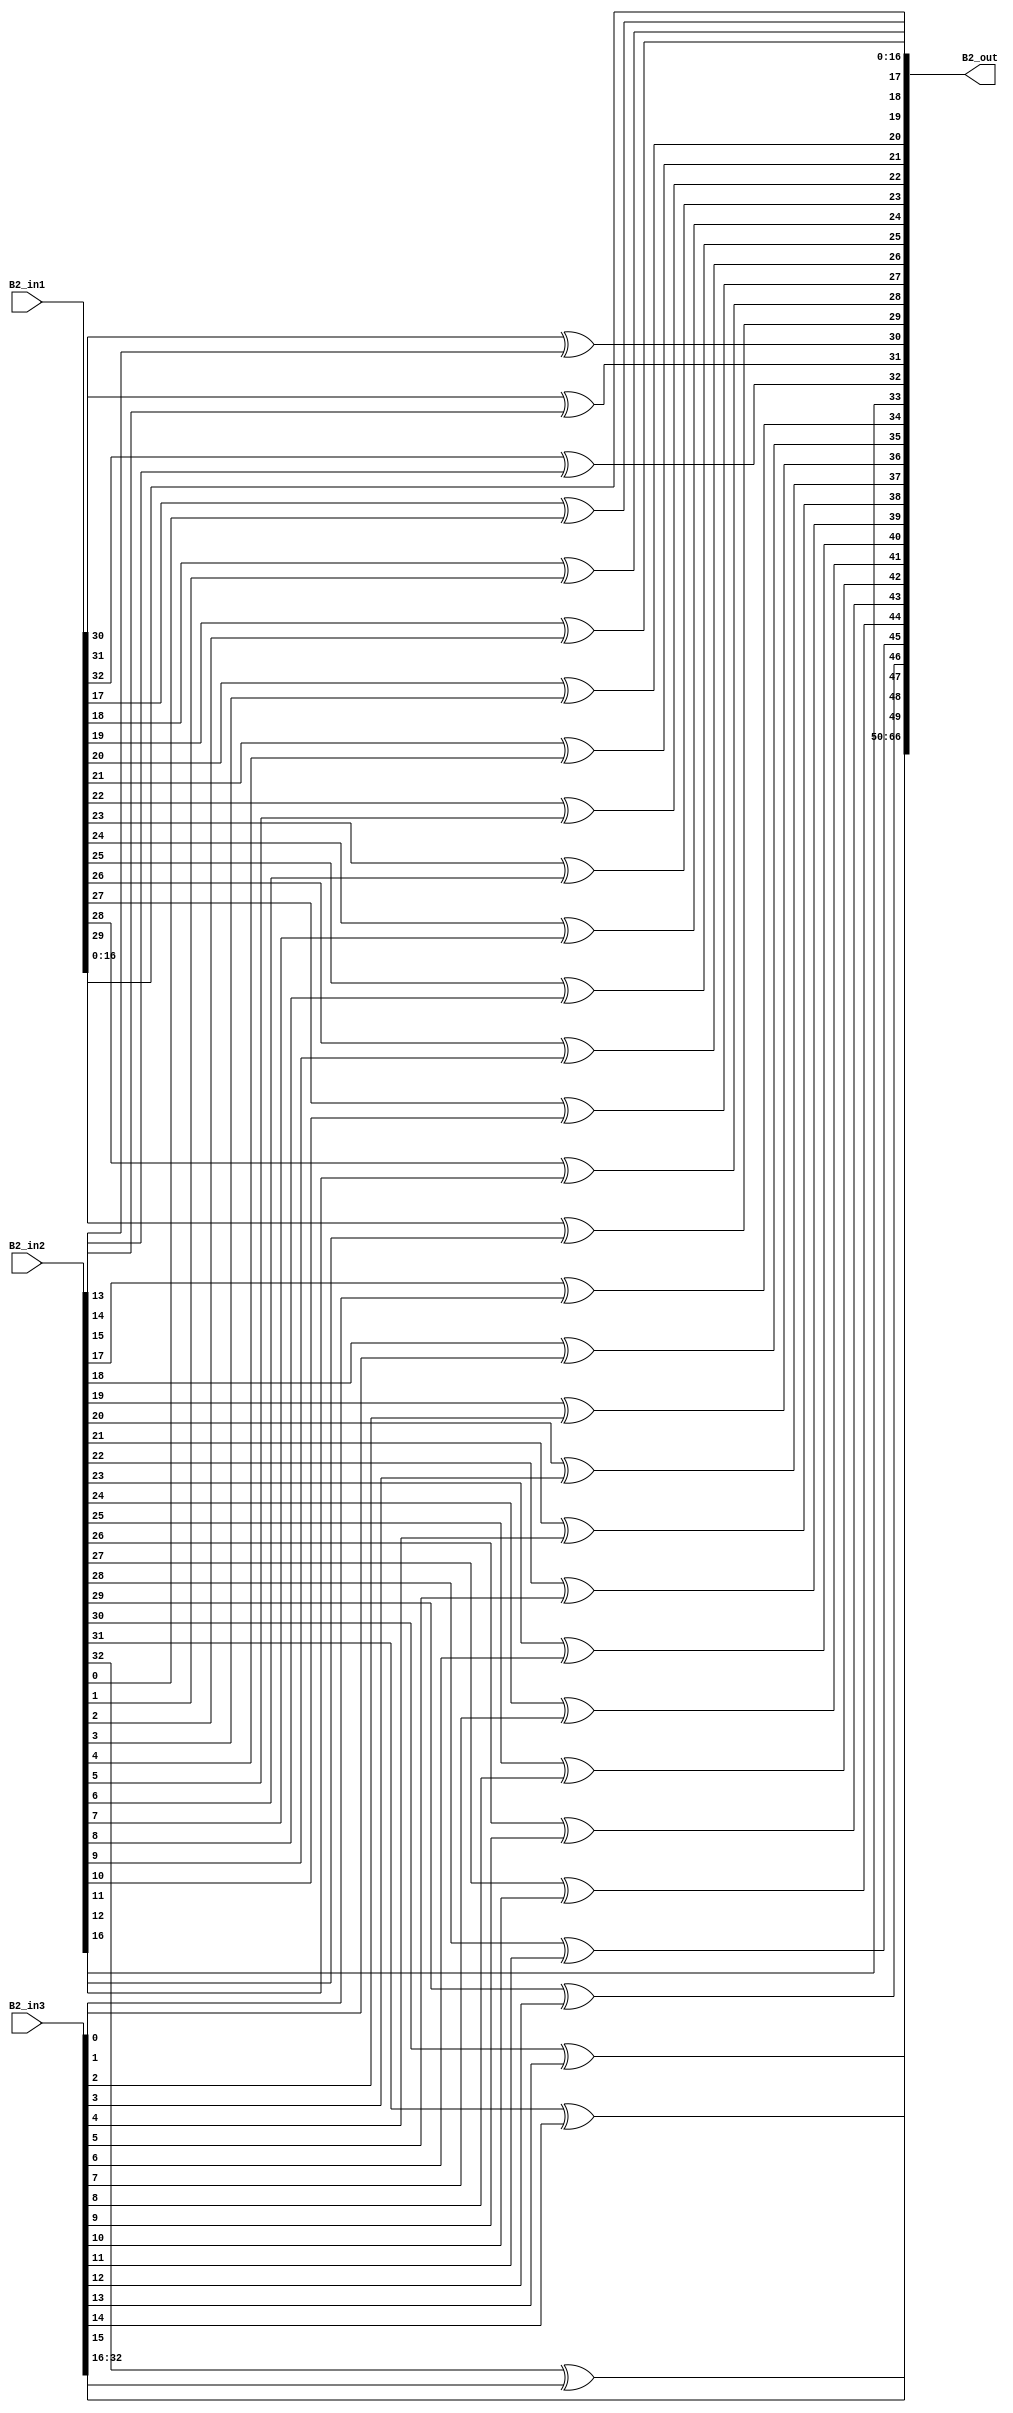
`timescale 1ns / 1ps 
//////////////////////////////////////////////////////////////////////////////////  
// Company:    
 // Engineer:   
 //  // Create Date: 25.01.2022 23:34:48 
// Design Name:     
// Module Name: overlap_module 
 // Project Name:    
// Target Devices:  
// Tool Versions:   
// Description: 
//              
// Dependencies:   
 //  
// Revision:       
 // Revision 0.01 - File Created 
// Additional Comments: 
//  
//////////////////////////////////////////////////////////////////////////////////  
    
    
module overlap_module_33bit(     
    B2_in1,                
    B2_in2,             
    B2_in3,   
    B2_out 
    );     


parameter n = 34;
    
input [n-2:0] B2_in1;   
input [n-2:0] B2_in2;    
input [n-2:0] B2_in3;    

output [2*n-2:0] B2_out;  
    


assign B2_out[0] = B2_in1[0];

assign B2_out[1] = B2_in1[1];

assign B2_out[2] = B2_in1[2];

assign B2_out[3] = B2_in1[3];

assign B2_out[4] = B2_in1[4];

assign B2_out[5] = B2_in1[5];

assign B2_out[6] = B2_in1[6];

assign B2_out[7] = B2_in1[7];

assign B2_out[8] = B2_in1[8];

assign B2_out[9] = B2_in1[9];

assign B2_out[10] = B2_in1[10];

assign B2_out[11] = B2_in1[11];

assign B2_out[12] = B2_in1[12];

assign B2_out[13] = B2_in1[13];

assign B2_out[14] = B2_in1[14];

assign B2_out[15] = B2_in1[15];

assign B2_out[16] = B2_in1[16];

assign B2_out[17] = B2_in1[17]^ B2_in2[0];

assign B2_out[18] = B2_in1[18]^ B2_in2[1];

assign B2_out[19] = B2_in1[19]^ B2_in2[2];

assign B2_out[20] = B2_in1[20]^ B2_in2[3];

assign B2_out[21] = B2_in1[21]^ B2_in2[4];

assign B2_out[22] = B2_in1[22]^ B2_in2[5];

assign B2_out[23] = B2_in1[23]^ B2_in2[6];

assign B2_out[24] = B2_in1[24]^ B2_in2[7];

assign B2_out[25] = B2_in1[25]^ B2_in2[8];

assign B2_out[26] = B2_in1[26]^ B2_in2[9];

assign B2_out[27] = B2_in1[27]^ B2_in2[10];

assign B2_out[28] = B2_in1[28]^ B2_in2[11];

assign B2_out[29] = B2_in1[29]^ B2_in2[12];

assign B2_out[30] = B2_in1[30]^ B2_in2[13];

assign B2_out[31] = B2_in1[31]^ B2_in2[14];

assign B2_out[32] = B2_in1[32]^ B2_in2[15];

assign B2_out[33] = B2_in2[16];

assign B2_out[34] = B2_in2[17]^B2_in3[0];

assign B2_out[35] = B2_in2[18]^B2_in3[1];

assign B2_out[36] = B2_in2[19]^B2_in3[2];

assign B2_out[37] = B2_in2[20]^B2_in3[3];

assign B2_out[38] = B2_in2[21]^B2_in3[4];

assign B2_out[39] = B2_in2[22]^B2_in3[5];

assign B2_out[40] = B2_in2[23]^B2_in3[6];

assign B2_out[41] = B2_in2[24]^B2_in3[7];

assign B2_out[42] = B2_in2[25]^B2_in3[8];

assign B2_out[43] = B2_in2[26]^B2_in3[9];

assign B2_out[44] = B2_in2[27]^B2_in3[10];

assign B2_out[45] = B2_in2[28]^B2_in3[11];

assign B2_out[46] = B2_in2[29]^B2_in3[12];

assign B2_out[47] = B2_in2[30]^B2_in3[13];

assign B2_out[48] = B2_in2[31]^B2_in3[14];

assign B2_out[49] = B2_in2[32]^B2_in3[15];

assign B2_out[50] = B2_in3[16];

assign B2_out[51] = B2_in3[17];

assign B2_out[52] = B2_in3[18];

assign B2_out[53] = B2_in3[19];

assign B2_out[54] = B2_in3[20];

assign B2_out[55] = B2_in3[21];

assign B2_out[56] = B2_in3[22];

assign B2_out[57] = B2_in3[23];

assign B2_out[58] = B2_in3[24];

assign B2_out[59] = B2_in3[25];

assign B2_out[60] = B2_in3[26];

assign B2_out[61] = B2_in3[27];

assign B2_out[62] = B2_in3[28];

assign B2_out[63] = B2_in3[29];

assign B2_out[64] = B2_in3[30];

assign B2_out[65] = B2_in3[31];

assign B2_out[66] = B2_in3[32];

endmodule